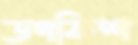
ডগফিশ